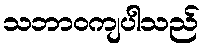
သဘာဝကျပါသည်